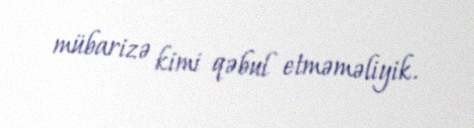
mübarizə kimi qəbul etməməliyik.